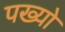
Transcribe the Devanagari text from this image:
पख्‍यो